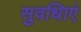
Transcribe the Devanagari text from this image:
सुवधिाएं